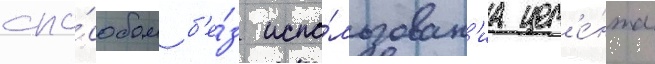
спо́собом б'е́з испо́льзован'иа цем'е́нта